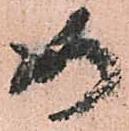
如